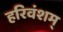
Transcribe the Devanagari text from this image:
हरिवंशम्